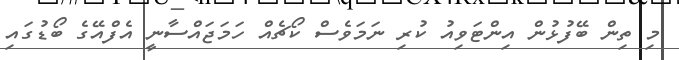
މި ތިން ބޭފުޅުން އިންޓަވިއު ކުރި ނަމަވެސް ކޯޗެއް ހަމަޖައްސާނީ އެފްއޭގެ ބޯޑުގައި